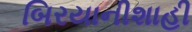
બિરયાનીશાહી